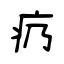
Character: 疓